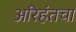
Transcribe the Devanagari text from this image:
अरिहंतचा